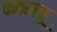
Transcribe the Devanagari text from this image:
कतराधू